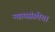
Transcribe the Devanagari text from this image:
न्यायसंस्थेचा